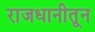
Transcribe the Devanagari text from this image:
राजधानीतून